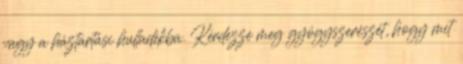
vagy a háztartási hulladékba. Kérdezze meg gyógyszerészét, hogy mit